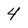
Character: 4